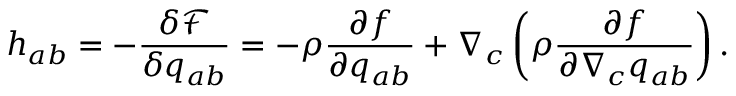
h _ { a b } = - \frac { \delta \mathcal { F } } { \delta { q } _ { a b } } = - \rho \frac { \partial f } { \partial { q } _ { a b } } + \nabla _ { c } \left( \rho \frac { \partial f } { \partial \nabla _ { c } { q } _ { a b } } \right) .